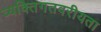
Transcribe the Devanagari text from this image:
व्यक्तिगतवरीयता